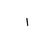
Letter: _alif